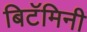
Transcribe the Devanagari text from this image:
बिटॅमिनी